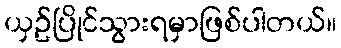
ယှဥ်ပြိုင်သွားရမှာဖြစ်ပါတယ်။